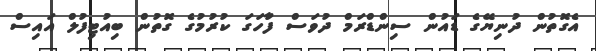
އެގޮތުން ދުނިޔޭގެ ޑައުން ސިންޑްރަމް ދުވަސް ފާަހަގަ ކުރުމުގެ ގޮތުން ބިއުޓިފުލް އައިސް